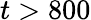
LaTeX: t>800